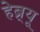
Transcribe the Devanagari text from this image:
हेब्र्यू